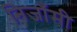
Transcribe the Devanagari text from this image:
निजाँमी